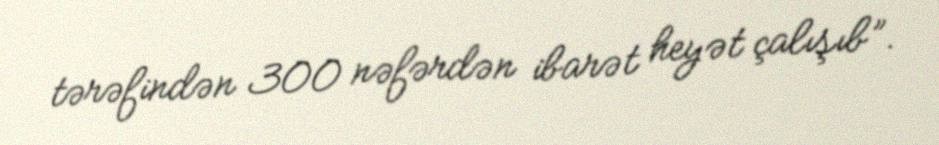
tərəfindən 300 nəfərdən ibarət heyət çalışıb”.